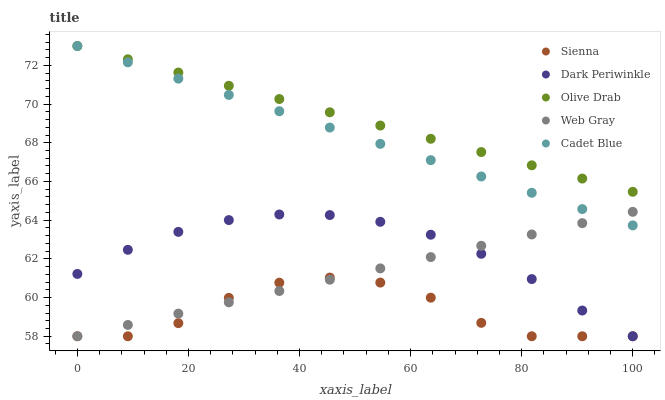
| xaxis_label | Sienna | Dark Periwinkle | Olive Drab | Web Gray | Cadet Blue |
 | --- | --- | --- | --- | --- | --- |
 | 0 | 58 | 61.2 | 73 | 58 | 73 |
 | 9.09 | 58 | 62.5 | 72.3 | 58.6 | 72.2 |
 | 18.2 | 58.7 | 63.4 | 71.6 | 59.2 | 71.3 |
 | 27.3 | 60 | 64 | 70.9 | 59.8 | 70.5 |
 | 36.4 | 60.8 | 64.3 | 70.3 | 60.3 | 69.6 |
 | 45.5 | 61 | 64.3 | 69.6 | 60.9 | 68.8 |
 | 54.5 | 60.8 | 63.9 | 68.9 | 61.5 | 67.9 |
 | 63.6 | 60 | 63.2 | 68.2 | 62.1 | 67.1 |
 | 72.7 | 58.7 | 62.3 | 67.5 | 62.7 | 66.3 |
 | 81.8 | 58 | 61 | 66.8 | 63.3 | 65.4 |
 | 90.9 | 58 | 59.3 | 66.1 | 63.8 | 64.6 |
 | 100 | 58 | 58 | 65.5 | 64.4 | 63.7 |